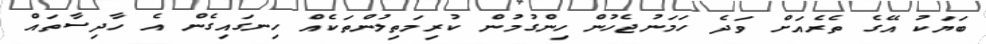
ބަޔަކު އޭގެ ތެރެއަށް ވަދެ ހަމަނުޖެހުން ހިންގުމުން ކުރިމަތިލުންތަކެއް ހިނގައިގެން އެ ހާދިސާތައް